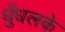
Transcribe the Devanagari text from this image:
धुँधलके